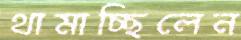
থামাচ্ছিলেন